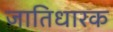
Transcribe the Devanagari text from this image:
जातिधारक